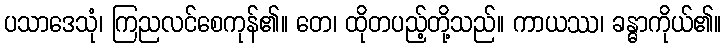
ပသာဒေသုံ၊ ကြညလင်စေကုန်၏။ တေ၊ ထိုတပည့်တို့သည်။ ကာယဿ၊ ခန္ဓာကိုယ်၏။